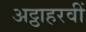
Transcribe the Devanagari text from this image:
अट्ठाहरवीं